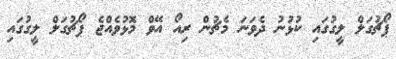
ޕޯޗުގަލް ލީގުގައި ކުޅުނު ދެވަނަ މެޗުން ރިއޯ އޭވް މޮޅުވެއްޖެ ޕޯޗުގަލް ލީގުގައި